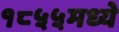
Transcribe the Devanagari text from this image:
१८५५मध्ये